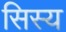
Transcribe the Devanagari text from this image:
सिस्य